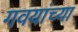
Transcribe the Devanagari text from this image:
गवयांच्या